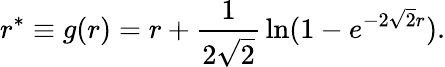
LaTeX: r^{*}\equiv g(r)=r+{\frac{1}{2\sqrt 2}}\ln(1-e^{-2\sqrt 2r}).